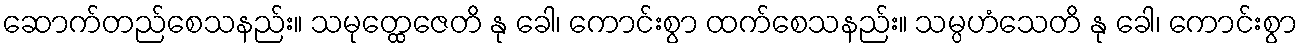
ဆောက်တည်စေသနည်း။ သမုတ္ထေဇေတိ နု ခေါ၊ ကောင်းစွာ ထက်စေသနည်း။ သမ္ပဟံသေတိ နု ခေါ၊ ကောင်းစွာ